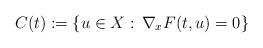
LaTeX: \begin{align*}C(t):=\{u\in X:\, \nabla_x F(t,u)=0\}\end{align*}